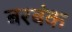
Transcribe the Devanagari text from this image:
बरबंक